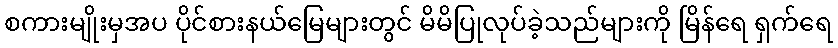
စကားမျိုးမှအပ ပိုင်စားနယ်မြေများတွင် မိမိပြုလုပ်ခဲ့သည်များကို မြိန်ရေ ရှက်ရေ